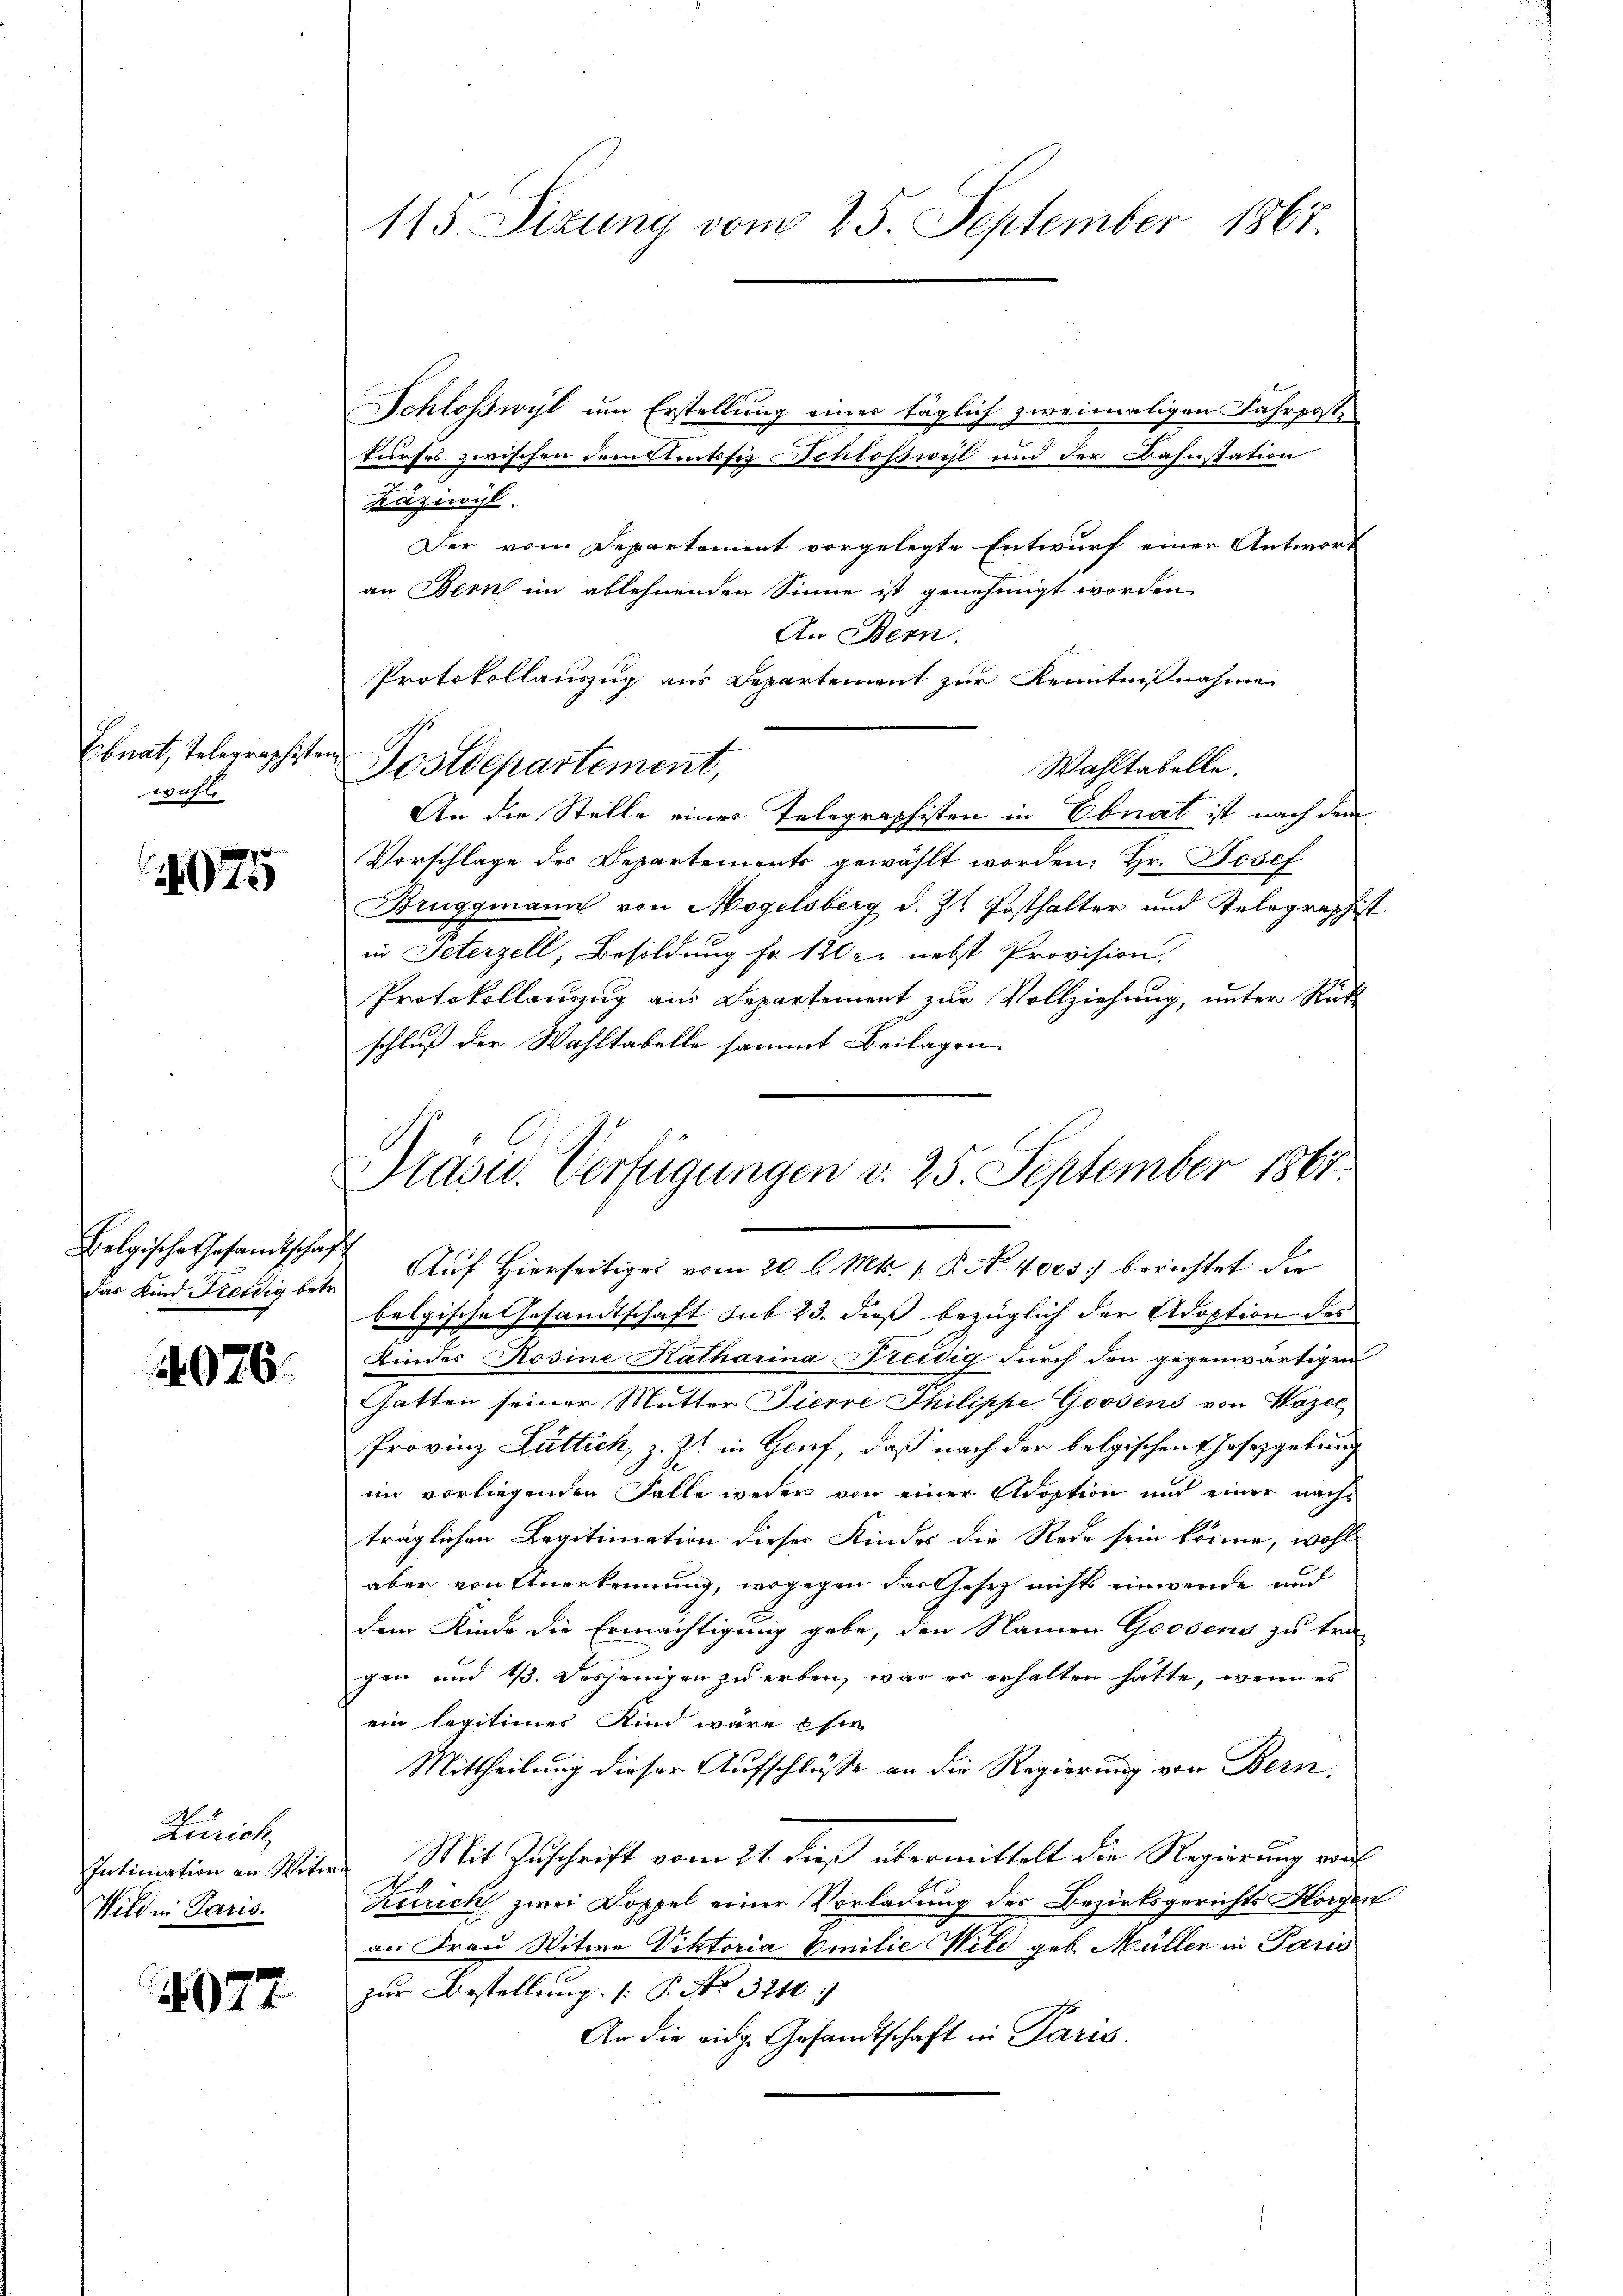
Ebnat, Telegraphisten
wahl.

2075

Belgische Gesandtschaft
das Kind Freidig betr.

4076.

Zürich,
Intimation an Witt
Wild in Paris.

2077

115. Sitzung vom 25. September 1867.

Schloßwyl um Erstellung einer täglich zweimaligen Fahrposte
Furses zwischen dem Amtsser Schloßwyl und der Bahnstation
Käziwil
Der vom Departement vorgelegte Entwurf einer Antwort
an Bern im ablehnenden Sinne ist genehmigt worden,
An Bern.
Protokollauszug aus Departement zur Kenntnißnahme
Wahltabelle.
Postdepartement,
An die Stelle einer Telegraphisten in Ebnat ist nach dem
Vorschlage des Departements gewählt worden, Hr. Josef
Bruggmann von Mogelsberg d. Zt. Posthalter und Telegraphist
in Seterzell, Besoldung fr. 1200. nebst Provision,
Protokollanzug aus Departement zur Vollziehung, unter Rück
schluß der Wahltabelle sammt Beilagen
Auf Hierseitiges vom 20. d. Mts. v. R. No. 4003) berichtet die
belgische Gesandtschaft sub 23. dies bezüglich der Adoption des
Kinder Rosine Katharina Preidig durch den gegenwärtigen
Ghatten seiner Mutter Tierre Philippe Goodens von Wazel
Provinz Luttich, z. Zt. in Genf, daß nach der belgischen Gesetzgebung
im vorliegenden Falle weder von einer Adoption und einer nachträglichen Legitimation dieser Kindes die Rede sein könne, wohl
aber von Anerkennung, wogegen das Gesetz nichts einwende und
dem Kinde die Ermächtigung gebe, den Namen Gossens zu tra
gen und 13. desjenigen zu erben, war er erhalten hatte, wenn es
ein legitimier Kind wäre esie
Mittheilung dieser Aufschlüße an die Regierung von Bern,
Mit Zuschrift vom 21. dieß übermittelt die Regierung vor
Zürich zwei Doppel einer Vorladung des Bezirksgerichts Horgen
an Frau Witwe Viktoria Emilie Wild geb. Müller in Paris
zur Bestellung (: P. Nr. 3210
An die eidg. Gesandtschaft in Paris

Pradu. Verfügungen d. 25. September 1861.